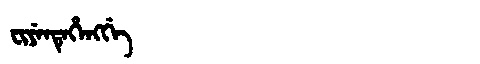
Manchu: ᠸᡳᠶᡝᠨᡨᡝᡥᡝᠩᡤᡝ
Romanization: FIYENTEHENGGE